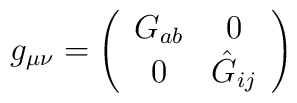
g_{\mu\nu}= \left(\begin{array}{cc}G_{ab} & 0 \\0 & \hat{G}_{ij}\\\end{array}\right)